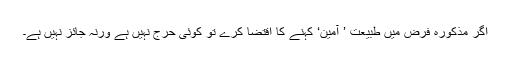
اگر مذکورہ فرض میں طبیعت ’ آمین‘ کہنے کا اقتضا کرے تو کوئی حرج نہیں ہے ورنہ جائز نہیں ہے۔